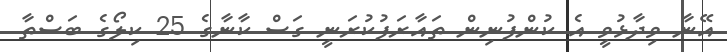
އޭނާ ވިދާޅުވީ އެ ކުންފުނިން ތައާރަފުކުރަނީ ގަސް ކާނާގެ 25 ކިލޯގެ ބަސްތާ